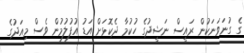
ގެ ގުނަވަނަކުން ރައީސް ނަޝީދުގެ ހުކުމާ ދެކޮޅަށް އަޑު އުފުލުމުން ވެސް މިއަދުގެ